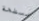
مسطحة